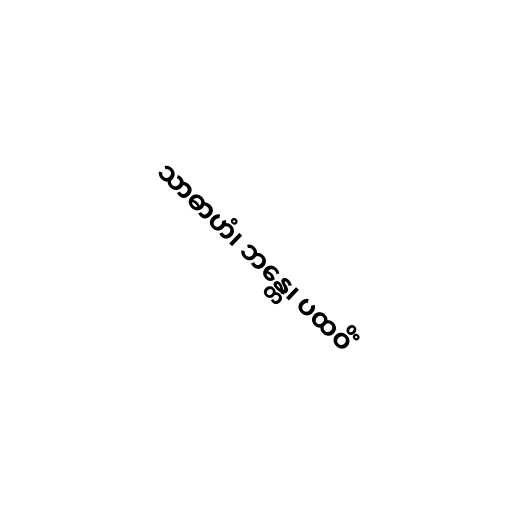
သာဓာဟံ၊ ဘန္တေ၊ ပထဝိံ